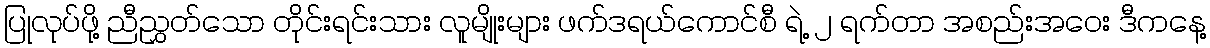
ပြုလုပ်ဖို့ ညီညွှတ်သော တိုင်းရင်းသား လူမျိုးများ ဖက်ဒရယ်ကောင်စီ ရဲ့ ၂ ရက်တာ အစည်းအဝေး ဒီကနေ့